Rangoon Lunatic Asylum 1893-1897 - 1893-1897
Year: 1893
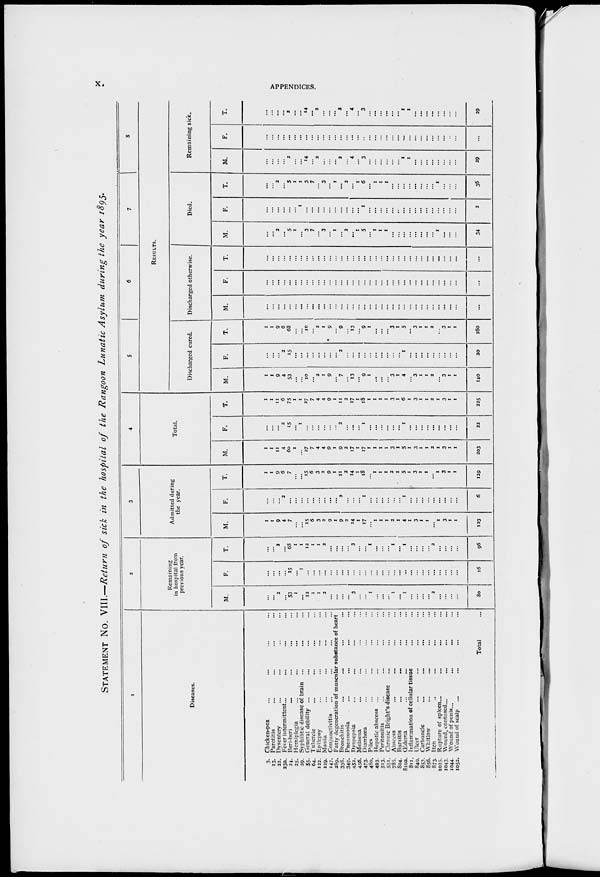
x.
APPENDICES.
STATEMENT No. VIII.—Return of sick in the hospital of the Rangoon Lunatic Asylum during the year 1895.
1
Diseases.
3.
13.
22.
23a.
24.
25.
29.
55.
64.
122.
129.
147.
289.
338.
345.
452.
456.
473.
480.
493.
513.
551.
785.
804.
810a.
811.
840.
853.
856.
873.
1025.
1043.
1044.
1052.
Chicken-pox ... ... ... ...
Parotitis ... ... ... ...
Dysentery ... ... ... ...
Fever intermittent ... ... ... ...
Beri-beri ... ... ... ...
Hemiplegia ... ... ... ...
Syphilitic disease of brain ... ... ...
General debility ... ... ... ...
Tubercle ... ... ... ...
Epilepsy ... ... ... ...
Mania ... ... ... ...
Conjunctivitis ... ... ... ...
Fatty degeneration of muscular substance of heart
Bronchitis
...
... ... ...
Pneumonia ... ... ... ...
Dyspepsia ... ... ... ...
Melaena ... ... ... ...
Diarrhœa ... ... ... ...
Piles ... ... ... ...
Hepatic abscess ... ... ... ...
Peritonitis ... ... ... ...
Chronic Bright's disease ... ... ...
Abscess ... ... ... ...
Bursitis
... ... ... ...
ŒEdema ... ... ... ...
Inflammation of cellular tissue ... ...
Ulcer ... ... ... ...
Carbuncle ... ... ... ...
Whitlow ... ... ... ...
Itch ... ... ... ...
Rupture of spleen... ... ... ...
Wound, contused... ... ... ...
Wound of penis... ... ... ...
Wound of scalp ... ... ... ...
Total ...
2
Remaining
in hospital from
previous year.
M.
...
...
2
...
53
1
...
12
1
1
2
...
...
...
...
3
...
...
1
...
...
...
1
...
1
...
...
...
...
2
...
...
...
...
80
F.
...
...
...
...
15
...
1
...
...
...
...
...
...
...
...
...
...
...
...
...
...
...
...
...
...
...
...
...
...
...
...
...
...
...
16
T.
...
...
2
...
68
1
1
12
1
1
2
...
...
...
...
3
...
...
1
...
...
...
1
...
1
...
...
...
...
2
...
...
...
...
96
3
Admitted during
the year.
M.
1
1
9
4
7
...
...
15
6
3
2
9
1
9
2
14
1
17
...
1
1
1
2
1
4
1
3
1
1
...
1
3
1
1
123
F.
...
...
...
2
...
...
...
...
...
...
...
...
...
2
...
...
...
1
...
...
...
...
...
...
1
...
...
...
...
...
...
...
...
...
6
T.
1
1
9
5
7
...
...
15
6
3
2
9
1
11
2
14
1
18
...
1
1
1
2
1
5
1
3
1
1
...
1
3
1
1
129
4
Total.
M.
1
1
11
4
60
1
...
27
7
4
4
9
1
9
2
17
1
17
1
1
1
1
3
1
5
1
3
1
1
2
1
3
1
1
203
F.
...
...
...
2
15
...
1
...
...
...
...
...
...
2
...
...
...
1
...
...
...
...
...
...
1
...
...
...
...
...
...
...
...
...
22
T.
1
1
11
6
75
1
1
27
7
4
4
9
1
11
2
17
1
18
1
1
1
1
3
1
6
1
3
1
1
2
1
3
1
1
225
5
6
7
8
RESULTS.
Discharged cured.
M.
1
1
9
4
53
...
...
10
...
2
1
9
...
7
...
13
...
9
1
...
...
...
3
1
4
...
3
1
1
2
...
3
1
1
140
F.
...
...
...
2
15
...
...
...
...
...
...
...
...
2
...
...
...
...
...
...
...
...
...
...
1
...
...
...
...
...
...
...
...
...
20
T.
1
1
9
6
68
...
...
10
...
2
1
9
...
9
...
13
...
9
1
...
...
...
3
1
5
...
3
1
1
2
...
3
1
1
160
Discharged otherwise.
M.
...
...
...
...
...
...
...
...
...
...
...
...
...
...
...
...
...
...
...
...
...
...
...
...
...
...
...
...
...
...
...
...
...
...
...
F.
...
...
...
...
...
...
...
...
...
...
...
...
...
...
...
...
...
...
...
...
...
...
...
...
...
...
...
...
...
...
...
...
...
...
...
T.
...
...
...
...
...
...
...
...
...
...
...
...
...
...
...
...
...
...
...
...
...
...
...
...
...
...
...
...
...
...
...
...
...
...
...
Died.
M.
...
...
2
...
5
1
...
3
7
...
3
...
1
...
2
...
1
5
...
1
1
1
...
...
...
...
...
...
...
...
1
...
...
...
34
F.
...
...
...
...
...
...
1
...
...
...
...
...
...
...
...
...
...
1
...
...
...
...
...
...
...
...
...
...
...
...
...
...
...
...
2
T.
...
...
2
...
5
1
1
3
7
...
3
...
1
...
2
...
1
6
...
1
1
1
...
...
...
...
...
...
...
...
1
...
...
...
36
Remaining sick.
M.
...
...
...
...
2
...
...
14
...
2
...
...
...
2
...
4
...
3
...
...
...
...
...
...
1
1
...
...
...
...
...
...
...
...
29
F.
...
...
...
...
...
...
...
...
...
...
...
...
...
...
...
...
...
...
...
...
...
...
...
...
...
...
...
...
...
...
...
...
...
...
...
T.
...
...
...
...
2
...
...
14
...
2
...
...
...
2
...
4
...
3
...
...
...
...
...
...
1
1
...
...
...
...
...
...
...
...
29